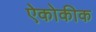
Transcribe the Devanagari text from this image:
ऐकोकीक